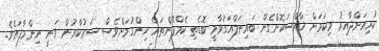
ކުރިއަށްދާއިރު މިކަަމަށް ޚާއްސަކޮށްގެން ބައިނަލްއަގުވާމީ ބޮޑެތި ކެމްޕޭންތައް ހިންގުމަށްވެސް ސަރުކާރުން ވަނީ ނިންމާފައެވެ.